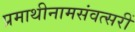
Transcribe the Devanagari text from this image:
प्रमाथीनामसंवत्सरीं